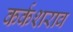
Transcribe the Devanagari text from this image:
कर्कशराव